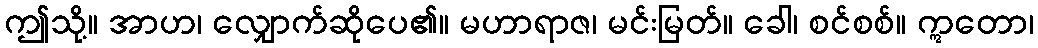
ဤသို့။ အာဟ၊ လျှောက်ဆိုပေ၏။ မဟာရာဇ၊ မင်းမြတ်။ ခေါ၊ စင်စစ်။ ဣတော၊